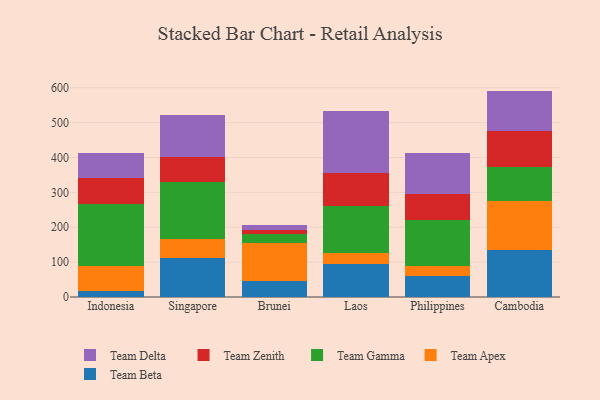
{"axis": {"x": "Country", "y": "LTV (USD)"}, "legend": ["Team Apex", "Team Beta", "Team Delta", "Team Gamma", "Team Zenith"], "data": [{"x": "Indonesia", "y": 18.2, "type": "Team Beta"}, {"x": "Indonesia", "y": 70.2, "type": "Team Apex"}, {"x": "Indonesia", "y": 179.6, "type": "Team Gamma"}, {"x": "Indonesia", "y": 72.6, "type": "Team Zenith"}, {"x": "Indonesia", "y": 71.6, "type": "Team Delta"}, {"x": "Singapore", "y": 112.7, "type": "Team Beta"}, {"x": "Singapore", "y": 52.3, "type": "Team Apex"}, {"x": "Singapore", "y": 166.2, "type": "Team Gamma"}, {"x": "Singapore", "y": 69.8, "type": "Team Zenith"}, {"x": "Singapore", "y": 121.5, "type": "Team Delta"}, {"x": "Brunei", "y": 44.9, "type": "Team Beta"}, {"x": "Brunei", "y": 111.3, "type": "Team Apex"}, {"x": "Brunei", "y": 24.5, "type": "Team Gamma"}, {"x": "Brunei", "y": 11.6, "type": "Team Zenith"}, {"x": "Brunei", "y": 13.7, "type": "Team Delta"}, {"x": "Laos", "y": 94.2, "type": "Team Beta"}, {"x": "Laos", "y": 32.6, "type": "Team Apex"}, {"x": "Laos", "y": 133.3, "type": "Team Gamma"}, {"x": "Laos", "y": 96.7, "type": "Team Zenith"}, {"x": "Laos", "y": 176.5, "type": "Team Delta"}, {"x": "Philippines", "y": 59.1, "type": "Team Beta"}, {"x": "Philippines", "y": 31.0, "type": "Team Apex"}, {"x": "Philippines", "y": 130.6, "type": "Team Gamma"}, {"x": "Philippines", "y": 75.6, "type": "Team Zenith"}, {"x": "Philippines", "y": 116.0, "type": "Team Delta"}, {"x": "Cambodia", "y": 134.3, "type": "Team Beta"}, {"x": "Cambodia", "y": 141.5, "type": "Team Apex"}, {"x": "Cambodia", "y": 97.0, "type": "Team Gamma"}, {"x": "Cambodia", "y": 104.5, "type": "Team Zenith"}, {"x": "Cambodia", "y": 113.9, "type": "Team Delta"}]}